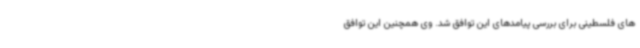
های فلسطینی برای بررسی پیامدهای این توافق شد. وی همچنین این توافق